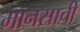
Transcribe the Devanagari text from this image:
मानसाची